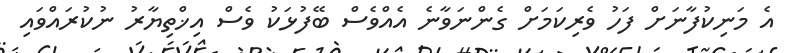
އެ މަނިކުފާނަށް ފަހު ވެރިކަމަށް ގެންނަވާނެ އެއްވެސް ބޭފުޅަކު ވެސް އިޚްތިޔާރު ނުކުރައްވައި